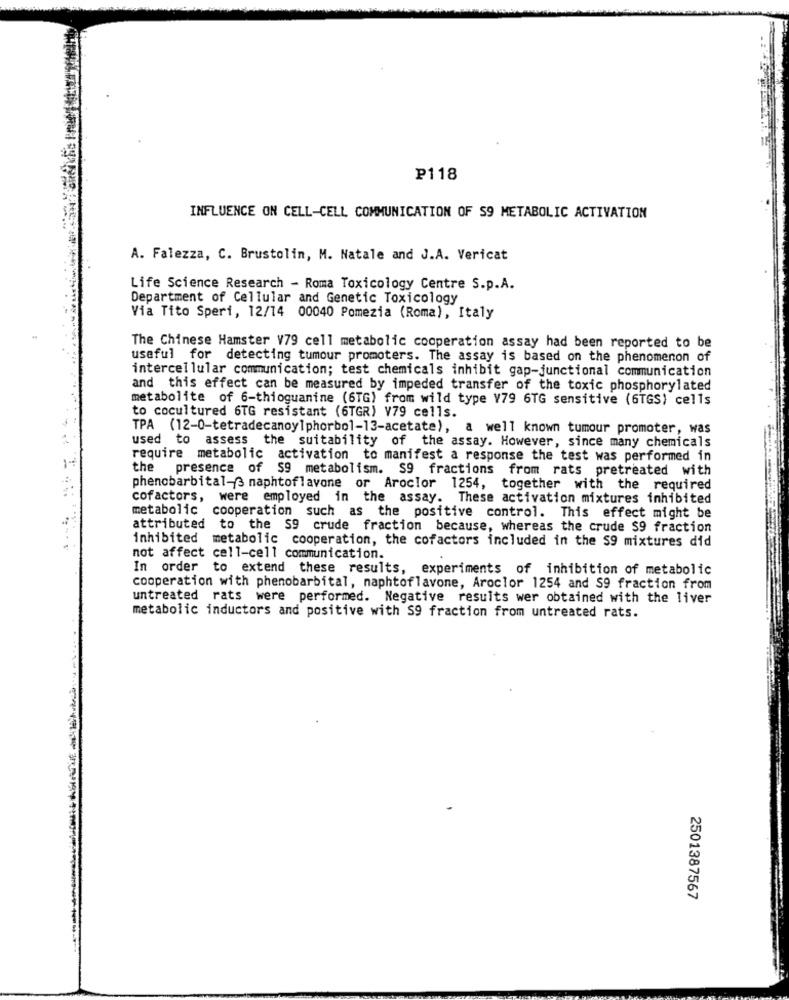
P118
INFLUENCE ON CELL-CELL COMMUNICATION OF S9 METABOLIC ACTIVATION
A. Falezza, C. Brustolin, M. Natale and J.A. Vericat
Life Science Research - Roma Toxicology Centre S.p.A.
Department of Cellular and Genetic Toxicology
Via Tito Speri, 12/14 00040 Pomezia (Roma), Italy
The Chinese Hamster V79 cell metabolic cooperation assay had been reported to be
useful for detecting tumour promoters. The assay is based on the phenomenon of
intercellular communication; test chemicals inhibit gap-junctional communication
and this effect can be measured by impeded transfer of the toxic phosphorylated
metabolite of 6-thioguanine (6TG) from wild type V79 6TG sensitive (6TGS) cells
to cocultured 6TG resistant (6TGR) V79 cells.
TPA (12-0-tetradecanoy]phorbol-13-acetate), a well known tumour promoter, was
used to assess the suitability of the assay. However, since many chemicals
require metabolic activation to manifest a response the test was performed in
the presence of $9 metabolism. S9 fractions from rats pretreated with
phenobarbital-3 naphtoflavone or Aroclor 1254, together with the required
cofactors, were employed in the assay. These activation mixtures inhibited
metabolic cooperation such as the positive control. This effect might be
attributed to the S9 crude fraction because, whereas the crude $9 fraction
inhibited metabolic cooperation, the cofactors included in the S9 mixtures did
not affect cell-cell communication.
In order to extend these results, experiments of inhibition of metabolic
cooperation with phenobarbital, naphtoflavone, Aroclor 1254 and S9 fraction from
untreated rats were performed. Negative results wer obtained with the liver
metabolic inductors and positive with S9 fraction from untreated rats.
2501387567